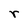
Character: r